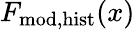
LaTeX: F_{\mathrm{mod,hist}}(x)